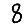
Digit: 8